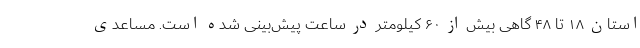
استان ۱۸ تا ۴۸ گاهی بیش از ۶۰ کیلومتر در ساعت پیش‌بینی شده است. مساعدی